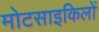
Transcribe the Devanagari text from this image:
मोटसाइकिलों